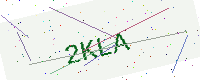
Text: 2KLA